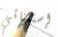
إستثنائي